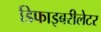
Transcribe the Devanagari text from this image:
डिफाइबरीलेटर